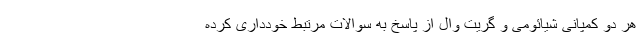
هر دو کمپانی شیائومی و گریت وال از پاسخ به سوالات مرتبط خودداری کرده